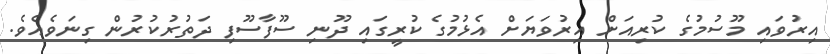
އިރުވައި މޫސުމުގެ ކުރިއަށް އިރުވަޔަށް އެޅުމުގެ ކުރީގައި ދޫނި ސޫފާސޫފި ދަތުރުކުރުން ގިނަވެއެވެ.